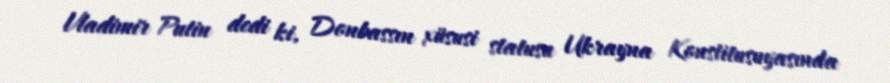
Vladimir Putin dedi ki, Donbassın xüsusi statusu Ukrayna Konstitusuyasında